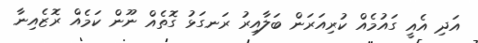
އަދި އެއީ ގައުމެއް ކުރިއަރަން ބަލާއިރު ރަނގަޅު ގޮތެއް ނޫން ކަމެއް ރޮޒެއިނާ